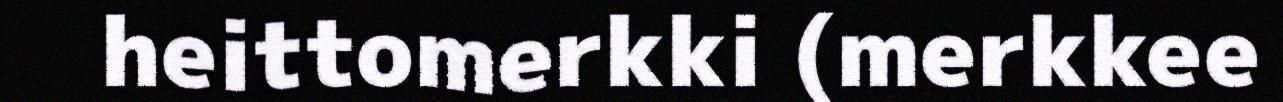
heittomerkki (merkkee